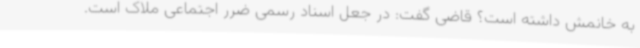
به خانمش داشته است؟ قاضی گفت: در جعل اسناد رسمی ضرر اجتماعی ملاک است.